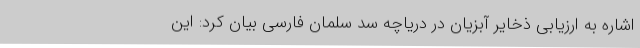
اشاره به ارزیابی ذخایر آبزیان در دریاچه سد سلمان فارسی بیان کرد: این